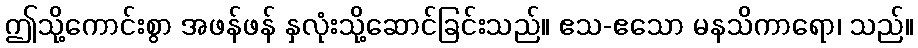
ဤသို့ကောင်းစွာ အဖန်ဖန် နှလုံးသို့ဆောင်ခြင်းသည်။ ဧသ-ဧသော မနသိကာရော၊ သည်။